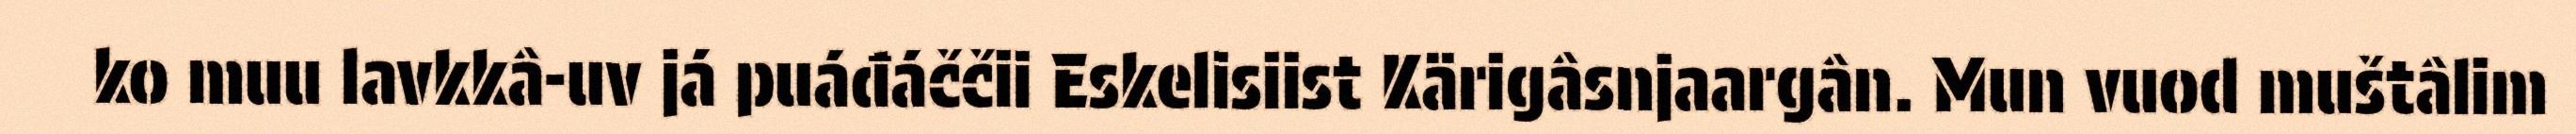
ko muu lavkkâ-uv já puáđáččii Eskelisiist Kärigâsnjaargân. Mun vuod muštâlim